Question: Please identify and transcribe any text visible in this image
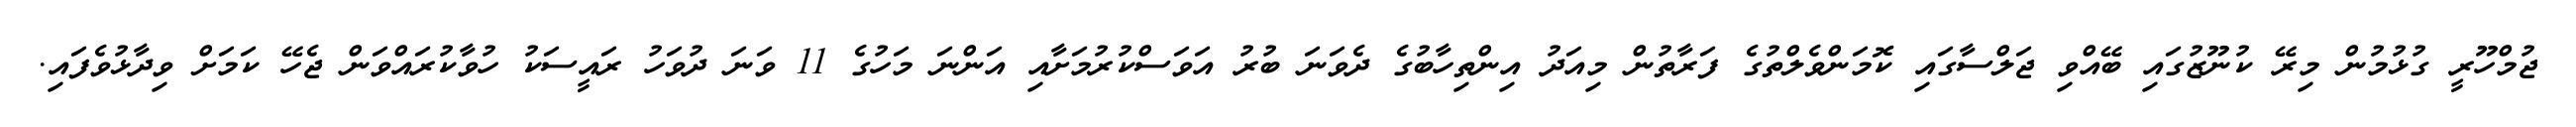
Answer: ޖުމްހޫރީ ގުޅުމުން މިރޭ ކުނޫޒުގައި ބޭއްވި ޖަލްސާގައި ކޮމަންވެލްތުގެ ފަރާތުން މިއަދު އިންތިހާބުގެ ދެވަނަ ބުރު އަވަސްކުރުމަށާއި އަންނަ މަހުގެ 11 ވަނަ ދުވަހު ރައީސަކު ހުވާކުރައްވަން ޖެހޭ ކަމަށް ވިދާޅުވެފައި.